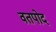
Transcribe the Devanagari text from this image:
वतपोद